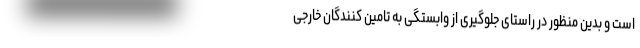
است و بدین منظور در راستای جلوگیری از وابستگی به تامین کنندگان خارجی